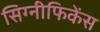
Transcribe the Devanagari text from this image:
सिग्नीफिकेंस